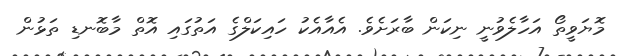
މޮޔަވީތޯ އަހާލެވުނީ ނިކަން ބާރަށެވެ. އެއާއެކު ހައިކަލްގެ އަތުގައި އޮތް މާބޮނޑި ތަޅުން